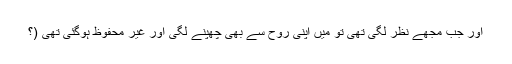
اور جب مجھے نظر لگی تھی تو میں اپنی روح سے بھی چھپنے لگی اور غیر محفوظ ہوگئی تھی (؟